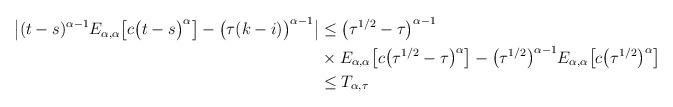
LaTeX: \begin{align*}\begin{aligned}\big| (t-s)^{\alpha-1}E_{\alpha,\alpha}\big[c\big(t- s\big)^{\alpha} \big] - \big(\tau(k-i)\big)^{\alpha-1} \big| &\leq \big(\tau^{1/2}-\tau\big)^{\alpha-1} \\&\times E_{\alpha,\alpha}\big[c\big(\tau^{1/2}-\tau\big)^{\alpha} \big] - \big(\tau^{1/2}\big)^{\alpha-1}E_{\alpha,\alpha}\big[c\big(\tau^{1/2}\big)^{\alpha} \big]\\&\leq T_{\alpha,\tau}\end{aligned}\end{align*}